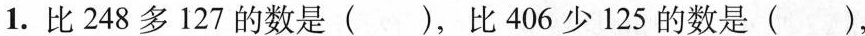
1.比248多127的数是()，比406少125的数是()，